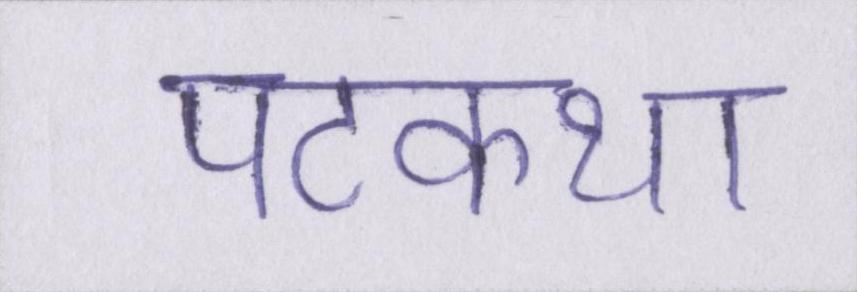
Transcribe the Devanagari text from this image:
पटकथा